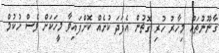
ގާނޫނުތައް މިހާރު ހުރި ގޮތުން އެފަދަ ކުށެއް ކޮށްފައިވާ މީހަކަށް ވެސް ހުކުމް